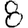
Digit: 8